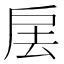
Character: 㧁